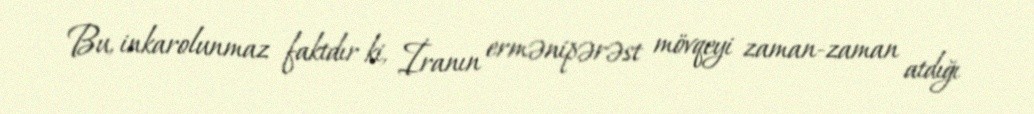
Bu, inkarolunmaz faktdır ki, İranın ermənipərəst mövqeyi zaman-zaman atdığı